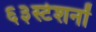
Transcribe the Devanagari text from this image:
६३स्टेशनों